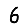
Digit: 6